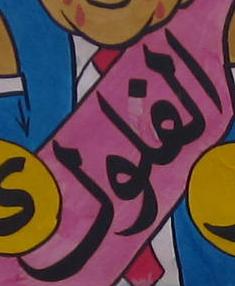
الفلول